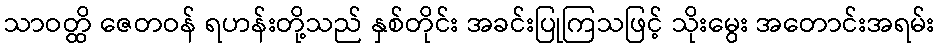
သာဝတ္ထိ ဇေတဝန် ရဟန်းတို့သည် နှစ်တိုင်း အခင်းပြုကြသဖြင့် သိုးမွေး အတောင်းအရမ်း